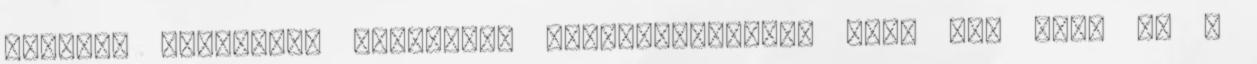
kellett cserélnem Loganban. Megkockáztatom, hogy nem érni el a